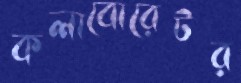
কলাবোরেটর